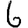
Digit: 6